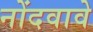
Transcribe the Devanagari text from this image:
नोंदवावे